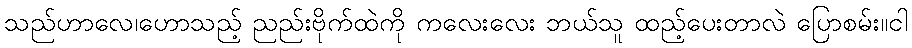
သည်ဟာလေ၊ဟောသည့် ညည်းဗိုက်ထဲကို ကလေးလေး ဘယ်သူ ထည့်ပေးတာလဲ ပြောစမ်း။ငါ